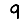
Digit: 9